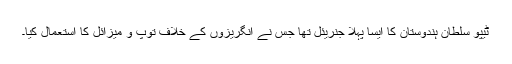
ٹیپو سلطان ہندوستان کا ایسا پہلا جنریئل تھا جس نے انگریزوں کے خلاف توپ و میزائل کا استعمال کیا۔